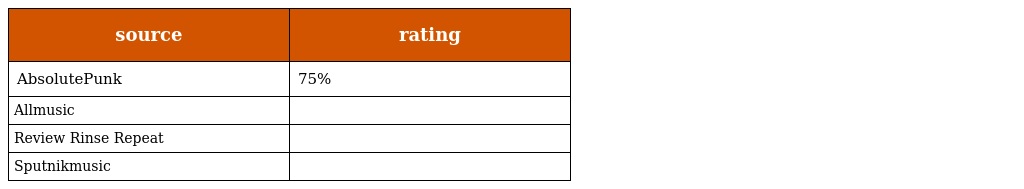
| source | rating |
 | --- | --- |
 | AbsolutePunk | 75% |
 | Allmusic |  |
 | Review Rinse Repeat |  |
 | Sputnikmusic |  |